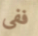
ففى